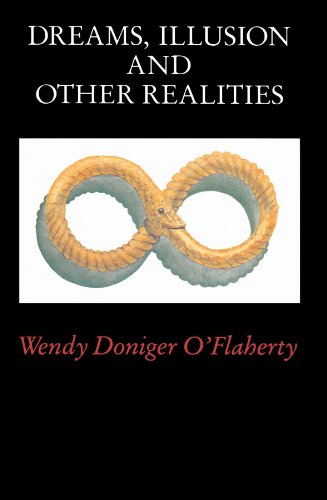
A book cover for Dreams, Illusion, and Other Realities; Wendy Doniger O'Flaherty; Religion & Spirituality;